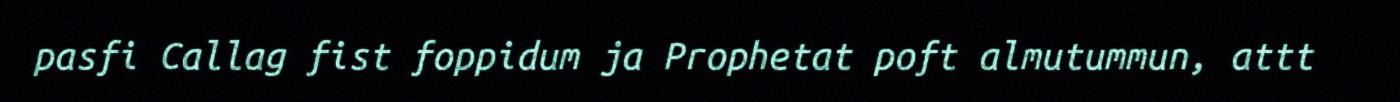
pasfi Callag fist foppidum ja Prophetat poft almutummun, attt